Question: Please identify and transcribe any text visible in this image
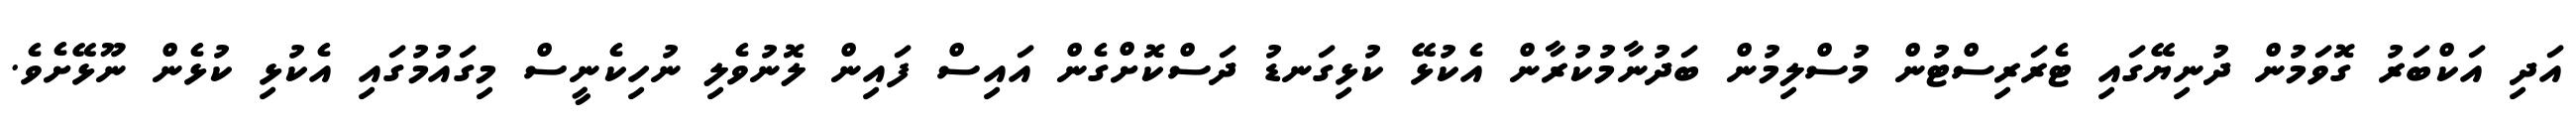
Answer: އަދި އަކްބަރު ގޮވަމުން ދުނިޔޭގައި ޓެރަރިސްޓުން މުސްލިމުން ބަދުނާމުކުރާން އެކުޅޭ ކުޅިގަނޑު ދަސްކޮށްގެން އައިސް ފައިން ލޮނުވެލި ނުހިކެނީސް މިގައުމުގައި އެކުޅި ކުޅެން ނޫޅޭށެވެ.